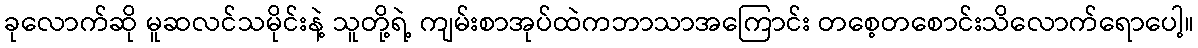
ခုလောက်ဆို မူဆလင်သမိုင်းနဲ့ သူတို့ရဲ့ ကျမ်းစာအုပ်ထဲကဘာသာအကြောင်း တစေ့တစောင်းသိလောက်ရောပေါ့။